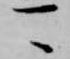
可